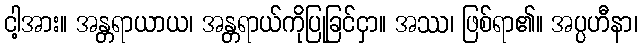
ငါ့အား။ အန္တရာယာယ၊ အန္တရာယ်ကိုပြုခြင်ငှာ။ အဿ၊ ဖြစ်ရာ၏။ အပ္ပဟီနာ၊